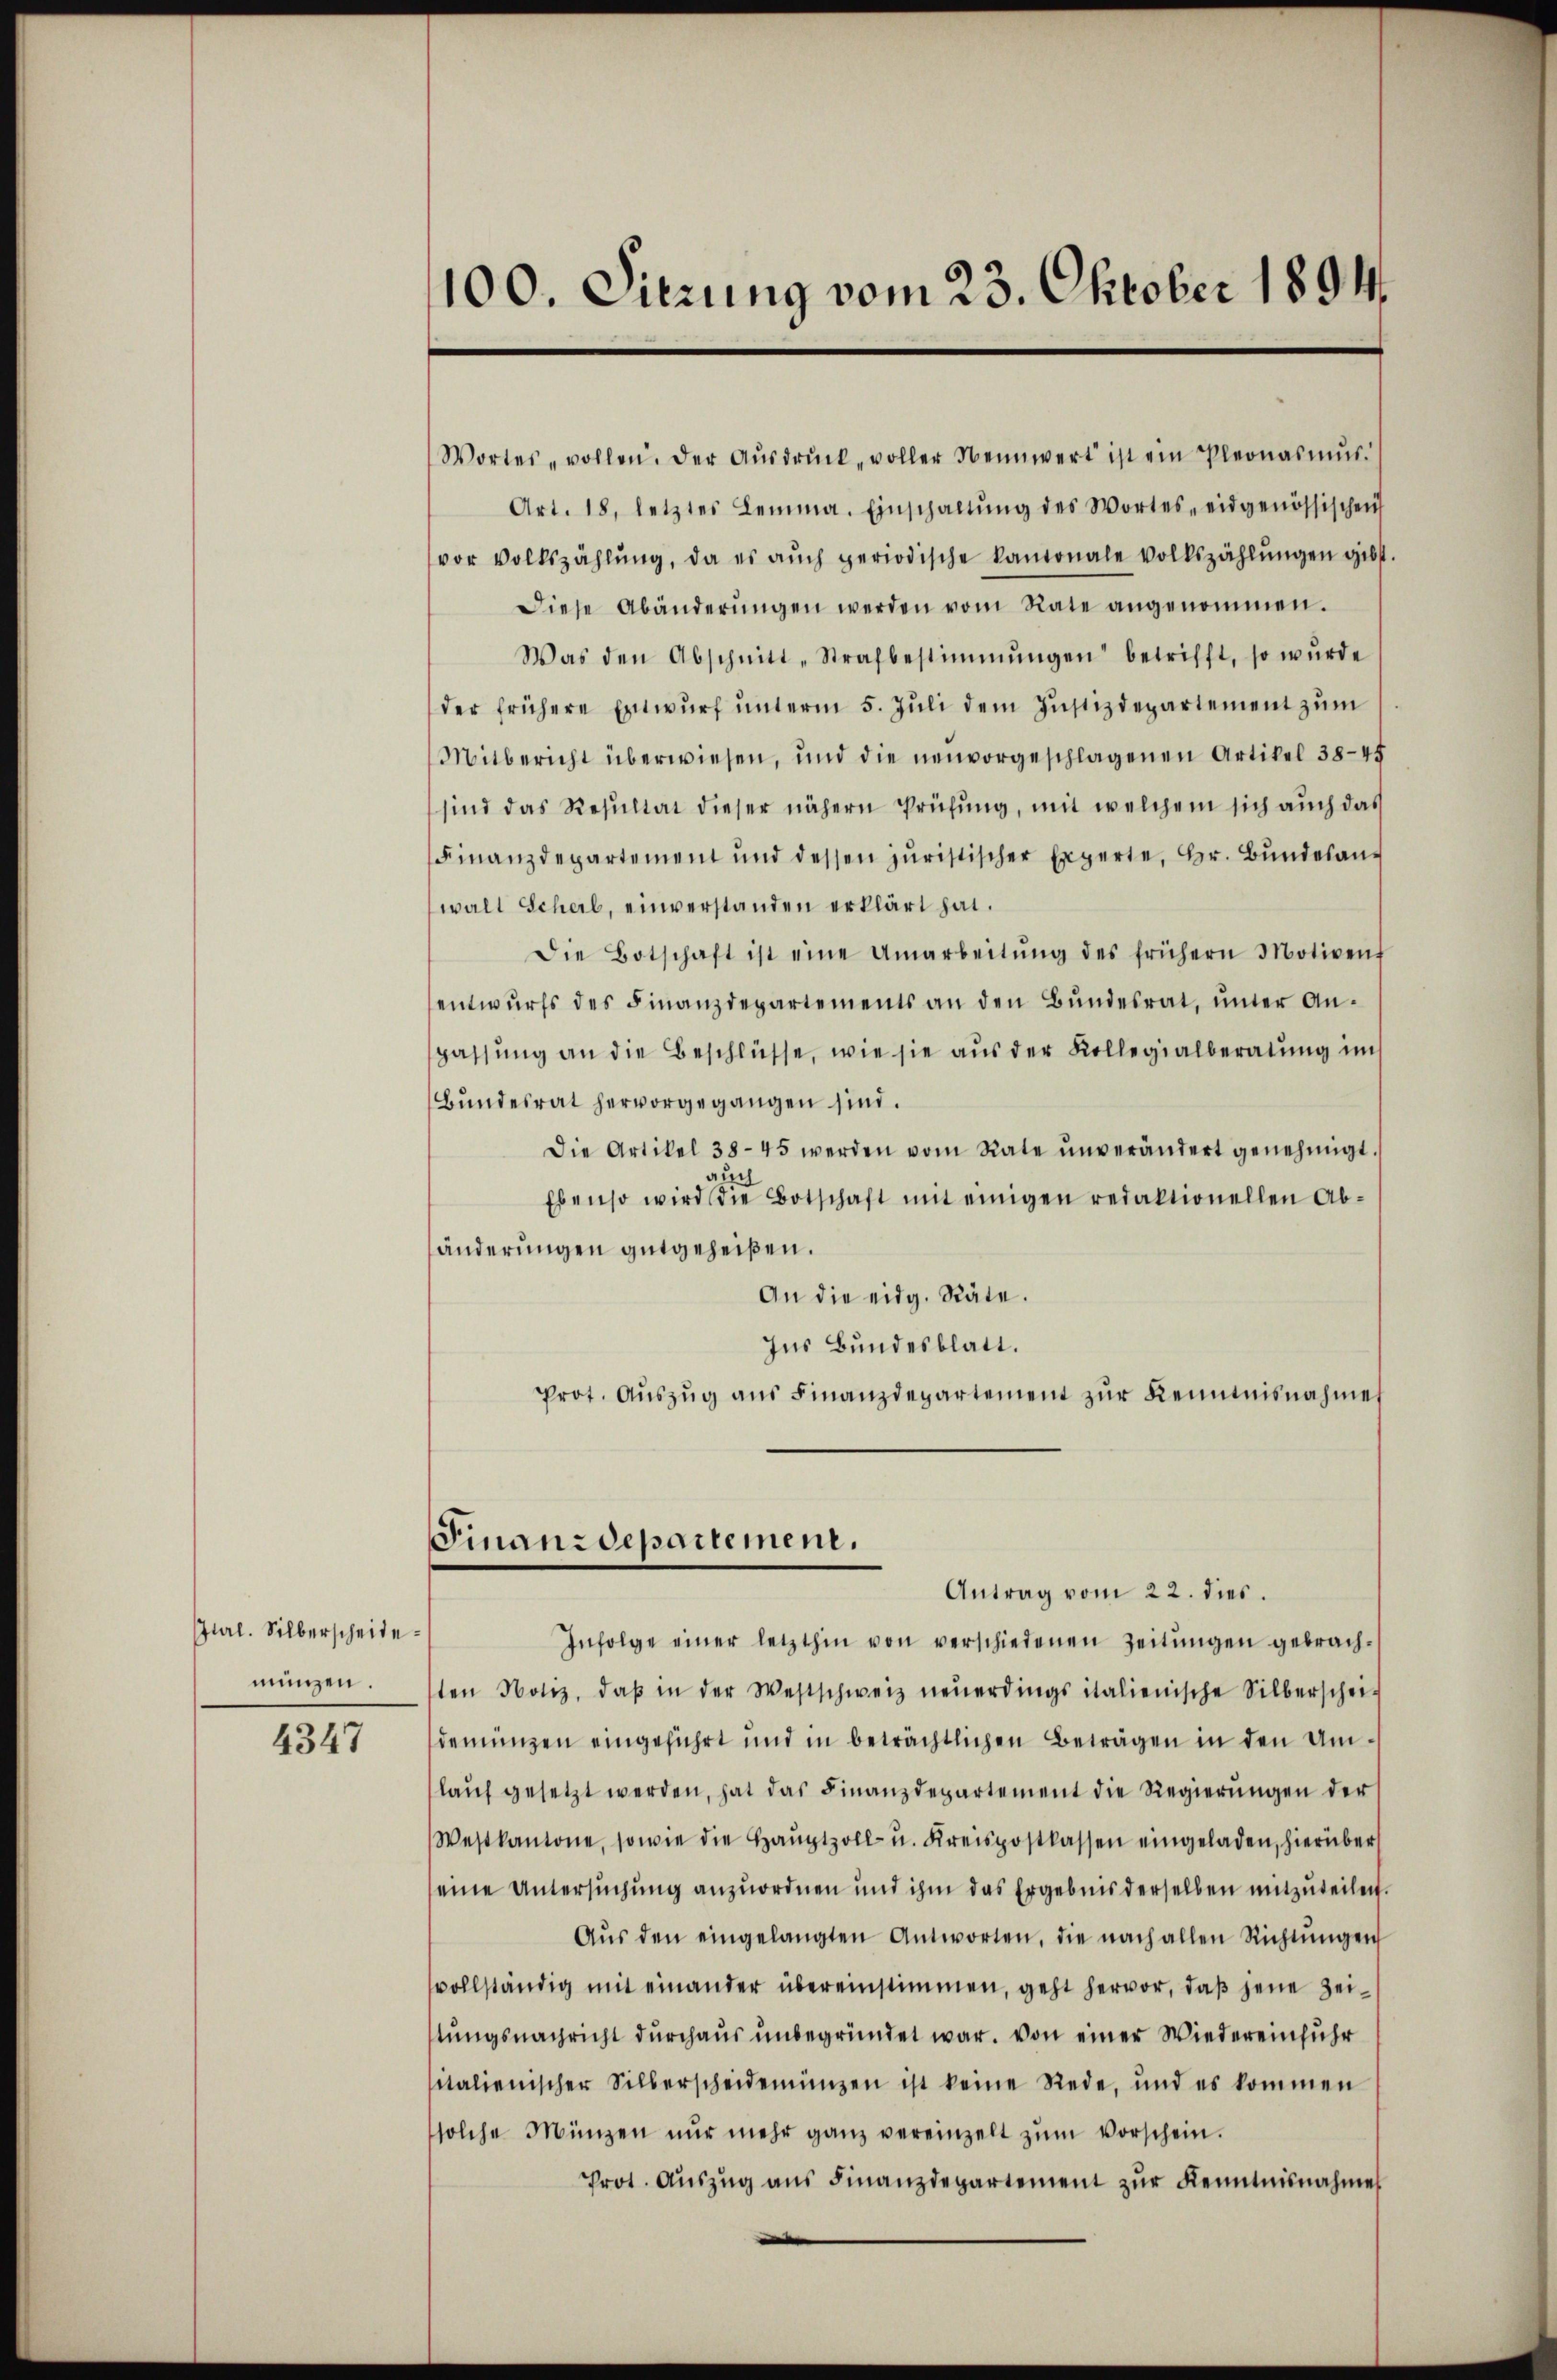
Jurl. Silberscheide
münzen.

4347

100. Sitzung vom 23. Oktober 1894.

Wortes vollen. Der Aŭsdrŭck „voller Nennwert ist ein Pleonasmŭs.
Art. 18, letztes Lemma. Einschaltŭng des Wortes eidgenössischen
vor Volkszählŭng, da es aŭch periodische kantonale volkszählŭngen gibt.
Diese Abänderŭngen werden vom Rate angenommen.
Was den Abschnitt-Strafbestimmungen betrifft, so wurde
der frühere Entwŭrf ŭnterm 5. Jŭli dem Justizdepartement zŭm
Mitbericht überwiesen, und die neuvorgeschlagenen Artikel 38—45
sind das Resultat dieser nähern Prüfung, mit welchem sich auch das
Finanzdepartement und dessen juristischer Experte, Hr. Bŭndesaus
walt Scheil, einverstanden erklärt hat.
Die Botschaft ist eine Umarbeitŭng des frühern Motivent
entwŭrfs des Finanzdepartements an den Bŭndesrat, ŭnter An-
spassung an die Beschlüsse, wie sie aus der Kollegialberatung im
Bundesrat hervorgegangen sind.
Die Artikel 38-45 werden vom Rate ŭnverändert genehmigt.
auch
Ebenso wird die Botschaft mit einigen redaktionellen Ab-
änderungen gutgeheißen.
An die eidg. Räte.
Ins Bundesblatt.
Prot. Aŭszŭg aŭs Finanzdepartement zŭr Kenntnisnahme
Finanzdepartement.
Antrag vom 22. dies.
Infolge einer letzthin von verschiedenen Zeitŭngen gebrach-
sten Notiz, daβ in der Westschweiz neŭerdings italienische Silberschei-
demünzen eingeführt und in beträchtlichen Beträgen in den Umlaŭf gesetzt werden, hat das Finanzdepartement die Regierŭngen der
Westkantone, sowie die Haŭptzoll- u. Kreispostkassen eingeladen, hierüber
seine Untersuchung anzuordnen und ihm das Ergebnis derselben mitzŭteilen.
Aŭs den eingelangten Antworten, die nach allen Richtŭngen
vollständig mit einander übereinstimmen, geht hervor, daß jene Zeitungsnachricht durchaus unbegründet war. Von einer Wiedereinfuhr
sitalienischer Silberscheidemünzen ist keine Rede, und es kommen
solche Münzen nŭr mehr ganz vereinzelt zŭm Vorschein.
Prot. Aŭszŭg ans Finanzdepartement zŭr Kenntnisnahmes